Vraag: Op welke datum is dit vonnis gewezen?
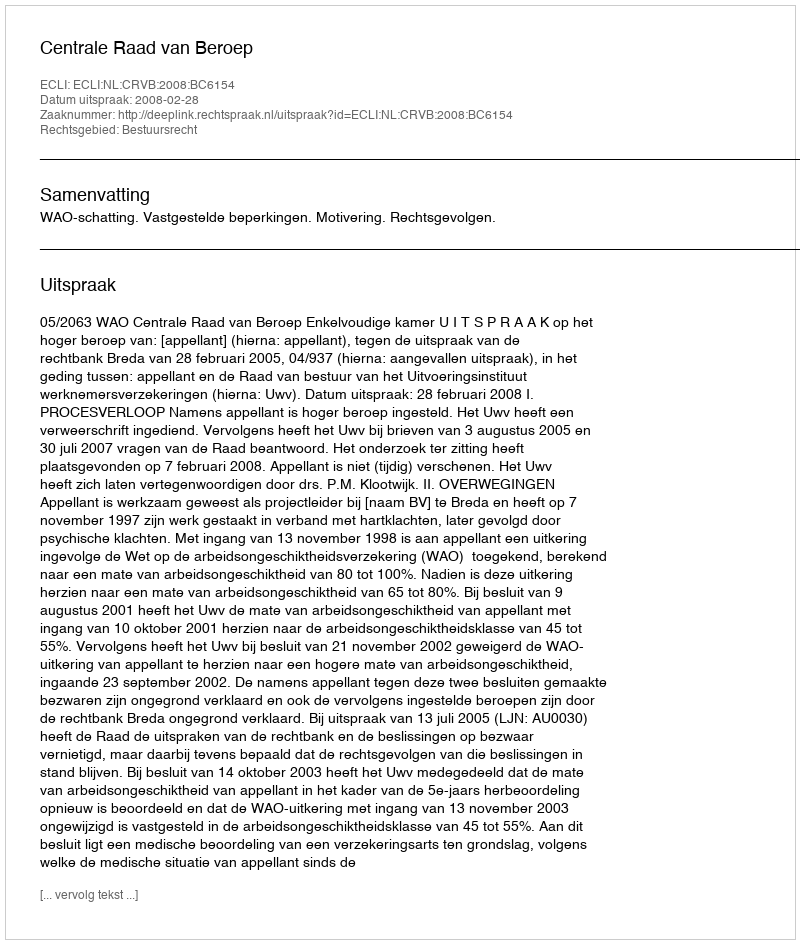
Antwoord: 2008-02-28